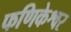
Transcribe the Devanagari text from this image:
फणिकेश्वर